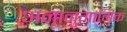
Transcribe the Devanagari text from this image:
अनानुगामिक